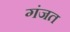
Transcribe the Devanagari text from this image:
गंजत